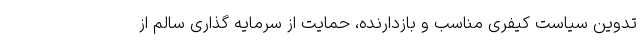
تدوین سیاست کیفری مناسب و بازدارنده، حمایت از سرمایه گذاری سالم از